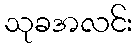
သုခအလင်း